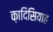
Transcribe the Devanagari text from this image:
क़ादिसियाह